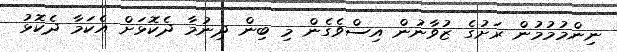
ނިންމުމުމުން ރަށުގެ ޒުވާނުން އިސްވެގެން މި ބިން ދިނުމާ ދެކޮޅަށް އެކަމާ ދެކޮޅު